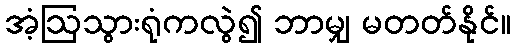
အံ့ဩသွားရုံကလွဲ၍ ဘာမျှ မတတ်နိုင်။